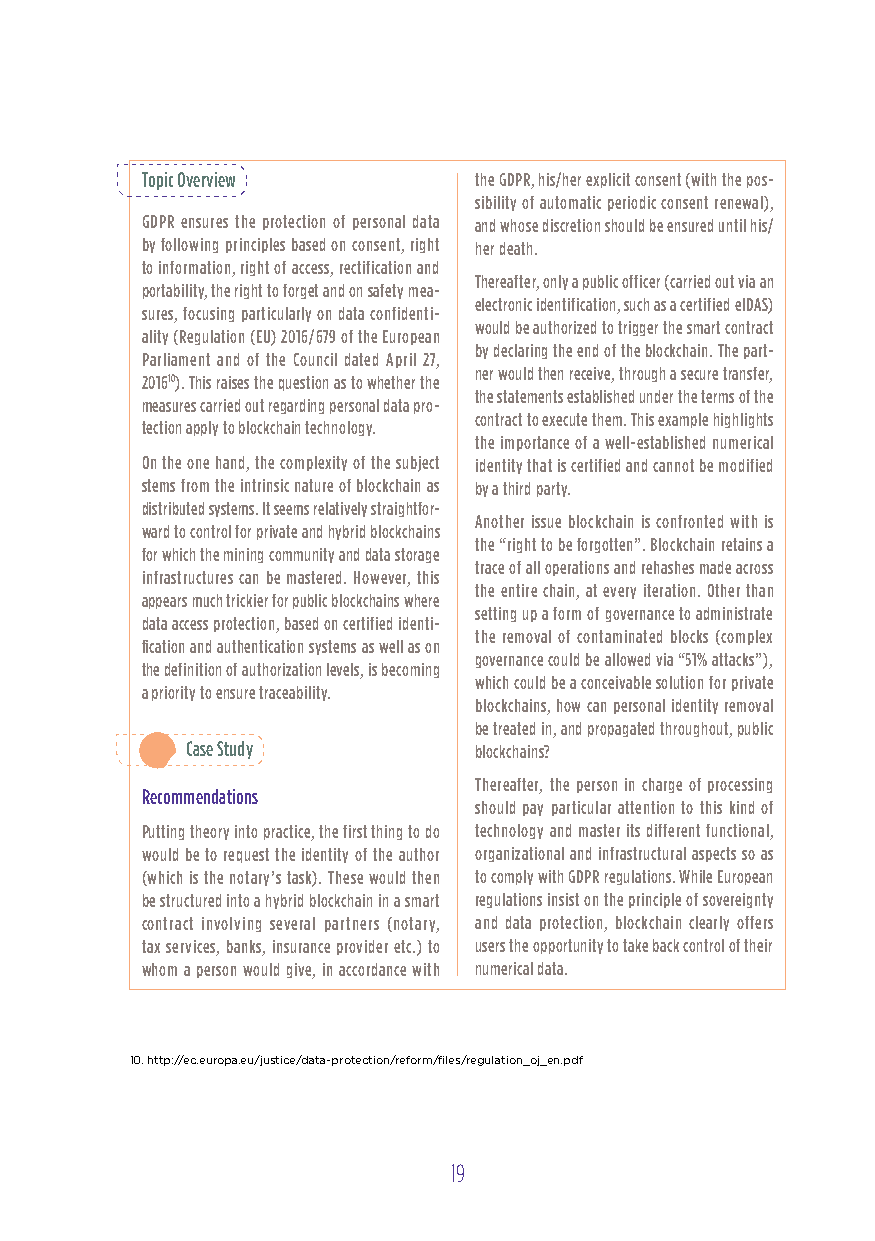
Topic overview        the GDPR, his/her explicit consent (with the pos-
 sibility of automatic periodic consent renewal),
 GDPR ensures the protection of personal data and whose discretion should be ensured until his/
 by following principles based on consent, right her death.
 to information, right of access, rectification and
 Thereafter, only a public officer (carried out via an
 portability, the right to forget and on safety mea-
 electronic identification, such as a certified eIDAS)
 sures, focusing particularly on data confidenti-
 would be authorized to trigger the smart contract
 ality (Regulation (EU) 2016/679 of the European
 by declaring the end of the blockchain. The part-
 Parliament and of the Council dated April 27,
 ner would then receive, through a secure transfer,
 201610). This raises the question as to whether the
 the statements established under the terms of the
 measures carried out regarding personal data pro-
 contract to execute them. This example highlights
 tection apply to blockchain technology.
 the importance of a well-established numerical
 on the one hand, the complexity of the subject identity that is certified and cannot be modified
 stems from the intrinsic nature of blockchain as by a third party.
 distributed systems. It seems relatively straightfor-
 Another issue blockchain is confronted with is
 ward to control for private and hybrid blockchains
 the “right to be forgotten”. Blockchain retains a
 for which the mining community and data storage
 trace of all operations and rehashes made across
 infrastructures can be mastered. However, this
 the entire chain, at every iteration. other than
 appears much trickier for public blockchains where
 setting up a form of governance to administrate
 data access protection, based on certified identi-
 the removal of contaminated blocks (complex
 fication and authentication systems as well as on
 governance could be allowed via “51% attacks”),
 the definition of authorization levels, is becoming
 which could be a conceivable solution for private
 a priority to ensure traceability.
 blockchains, how can personal identity removal
 be treated in, and propagated throughout, public
 Case Study         blockchains?
 Thereafter, the person in charge of processing
 Recommendations
 should pay particular attention to this kind of
 Putting theory into practice, the first thing to do technology and master its different functional,
 would be to request the identity of the author organizational and infrastructural aspects so as
 (which is the notary’s task). These would then to comply with GDPR regulations. While European
 be structured into a hybrid blockchain in a smart regulations insist on the principle of sovereignty
 contract involving several partners (notary, and data protection, blockchain clearly offers
 tax services, banks, insurance provider etc.) to users the opportunity to take back control of their
 whom a person would give, in accordance with numerical data.
 10. http://ec.europa.eu/justice/data-protection/reform/files/regulation_oj_en.pdf
 19